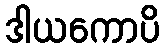
ဒါယကောပိ